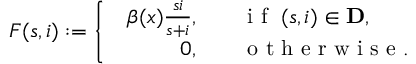
F ( s , i ) : = \left\{ \begin{array} { l l } { \begin{array} { r l } { \beta ( x ) { \frac { s i } { s + i } } , \quad } & { { } \mathrm { ~ i ~ f ~ } \; ( s , i ) \in \mathbf { D } , } \\ { 0 , \quad } & { { } \mathrm { ~ o ~ t ~ h ~ e ~ r ~ w ~ i ~ s ~ e ~ } . } \end{array} } \end{array} \right.